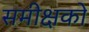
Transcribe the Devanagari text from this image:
समीक्षको